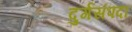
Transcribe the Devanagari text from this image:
दुर्गसंपदा